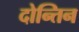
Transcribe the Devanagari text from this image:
दोन्तिन